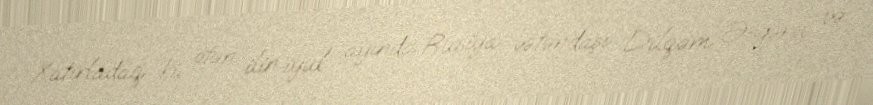
Xatırladaq ki, ötən ilin iyul ayında Rusiya vətəndaşı Dilqəm Əsgərov və